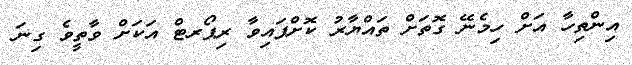
އިންތިހާ އަށް ހިމެނޭ ގޮތަށް ތަައްޔާރު ކޮށްފައިވާ ރިޕޯރޓް އަކަށް ވާތީވެ ގިނަ